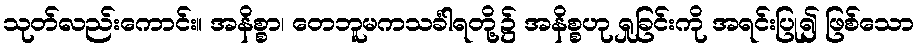
သုတ်လည်းကောင်း။ အနိစ္စာ၊ တေဘူမကသင်္ခါရတို့၌ အနိစ္စဟု ရှုခြင်းကို အရင်းပြု၍ ဖြစ်သော